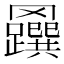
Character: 𦍅